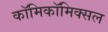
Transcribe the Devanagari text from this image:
काॅमिकॉमिक्सल